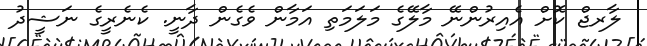
ލާރޖް ކޮށް އެއިރުންނޭ މާލޭގެ މަލަމަތި އަމާން ވެގެން ދާނީ. ކެނެރީގެ ނަޝީދު